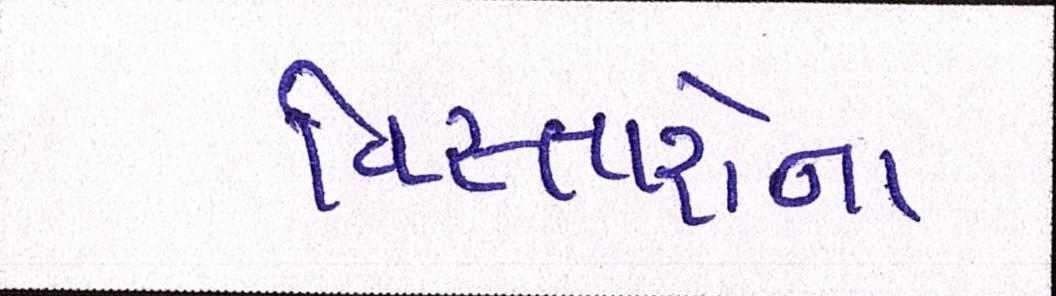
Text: વિસ્તારોના